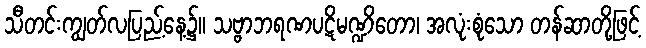
သီတင်းကျွတ်လပြည့်နေ့၌။ သဗ္ဗာဘရဏပဋိမဏ္ဍိတော၊ အလုံးစုံသော တန်ဆာတို့ဖြင့်